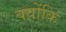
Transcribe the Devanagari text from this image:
क्य़ोंकि